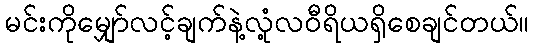
မင်းကိုမျှော်လင့်ချက်နဲ့လုံ့လဝီရိယရှိစေချင်တယ်။